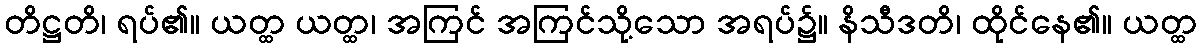
တိဋ္ဌတိ၊ ရပ်၏။ ယတ္ထ ယတ္ထ၊ အကြင် အကြင်သို့သော အရပ်၌။ နိသီဒတိ၊ ထိုင်နေ၏။ ယတ္ထ